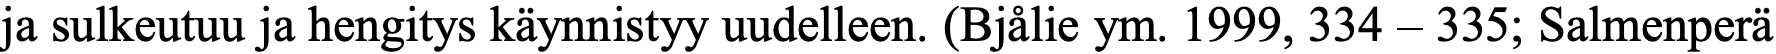
ja sulkeutuu ja hengitys käynnistyy uudelleen. (Bjålie ym. 1999, 334 – 335; Salmenperä